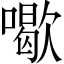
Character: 𠿒